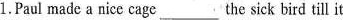
1.Paul made a nice cagc__the sick bird till it